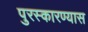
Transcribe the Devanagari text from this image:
पुरस्कारण्यास